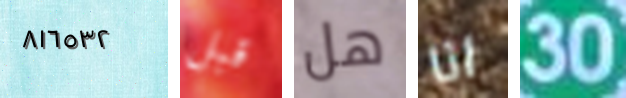
٨١٦٥٣٢ قبل هل انا 30